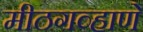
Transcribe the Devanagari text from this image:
मीठगव्हाणे